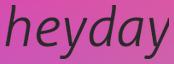
heyday